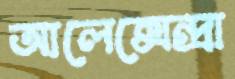
আলেক্সেন্দ্রা